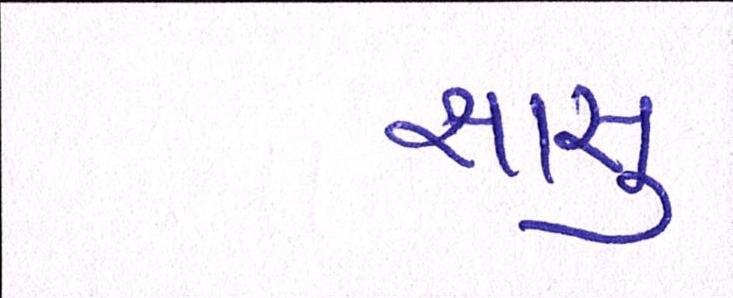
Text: સાસુ